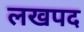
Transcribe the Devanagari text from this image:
लखपद